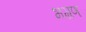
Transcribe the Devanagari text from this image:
भम्रण